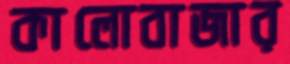
কালোবাজার